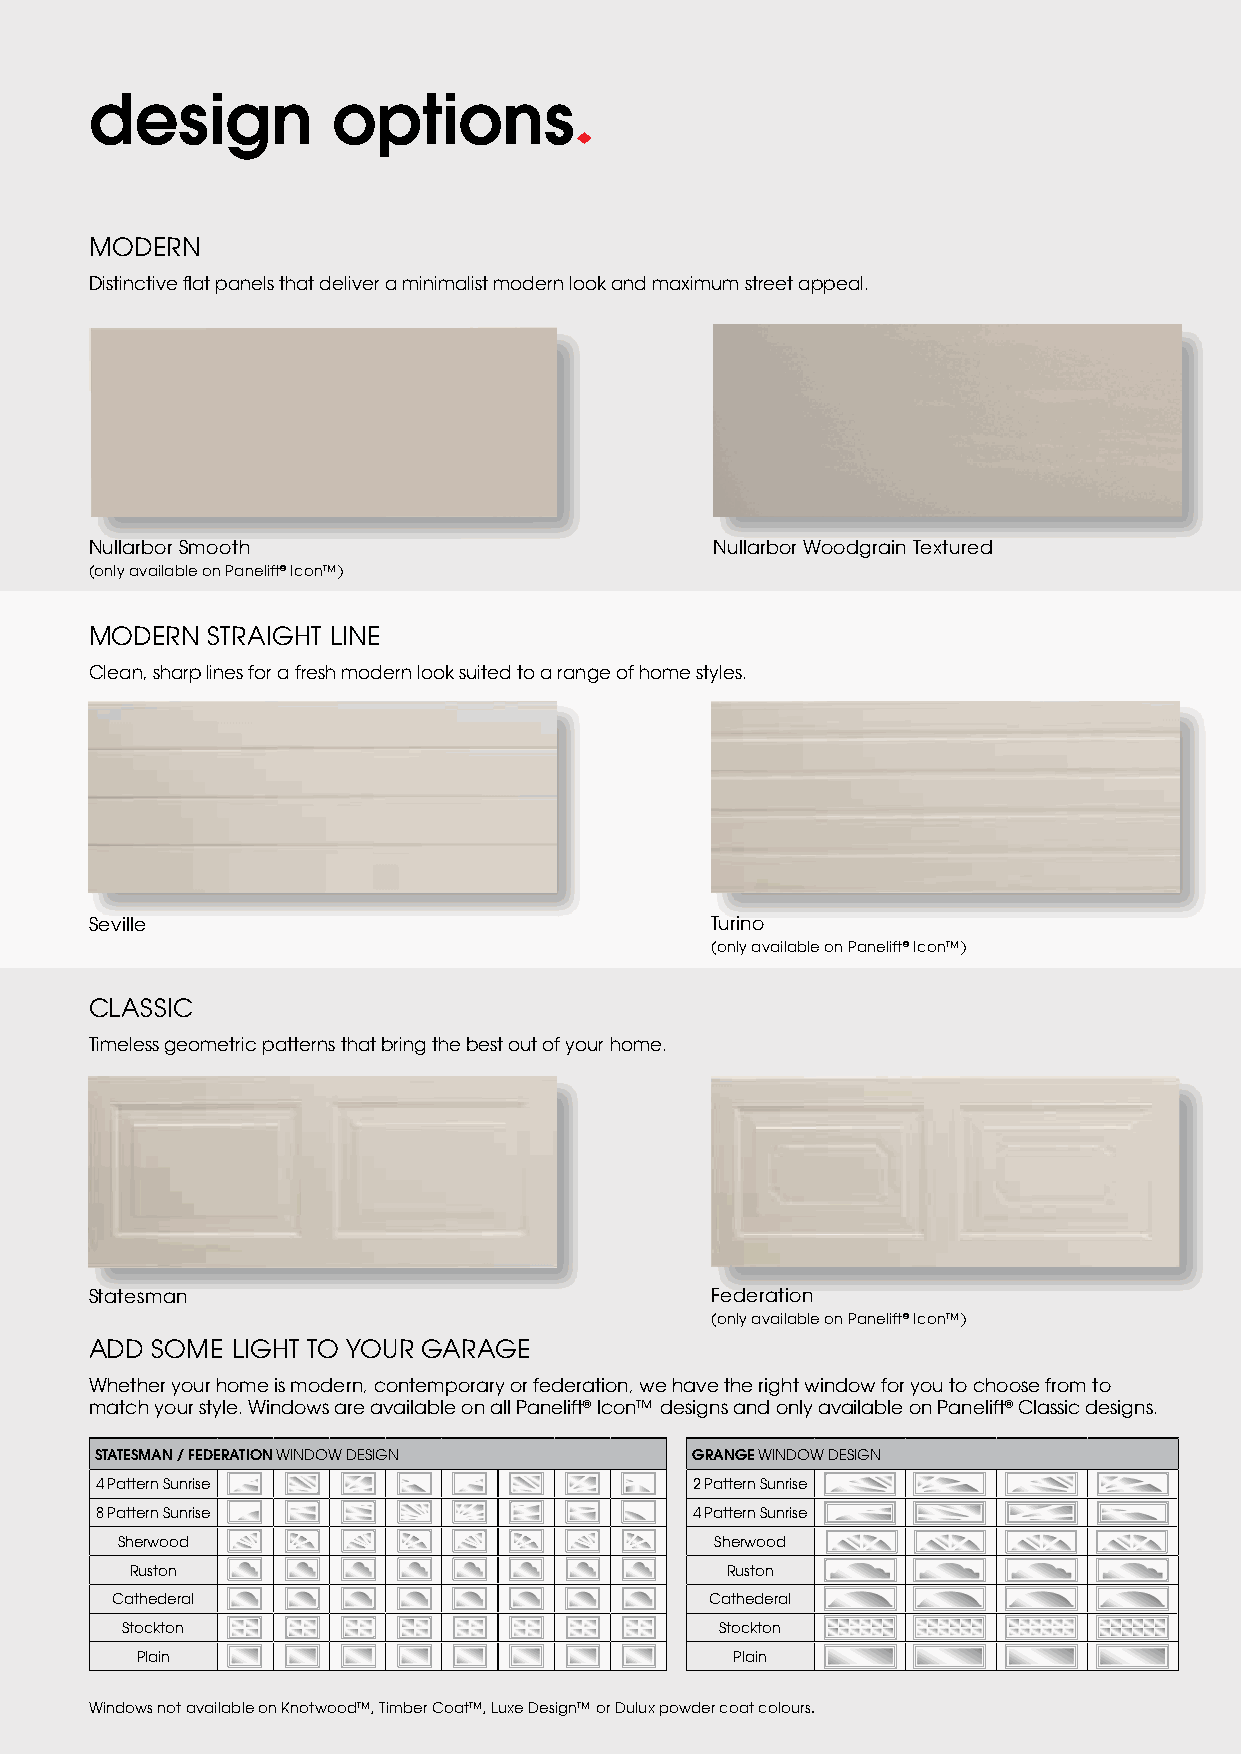
design          options
 MODERN
 Distinctive flat panels that deliver a minimalist modern look and maximum street appeal.
 Nullarbor Smooth                         Nullarbor Woodgrain Textured
 (only available on Panelift® Icon™)
 MODERN  STRAIGHT LINE
 Clean, sharp lines for a fresh modern look suited to a range of home styles.
 Seville                                  Turino
 (only available on Panelift® Icon™)
 CLASSIC
 Timeless geometric patterns that bring the best out of your home.
 Statesman                                Federation
 (only available on Panelift® Icon™)
 ADD SOME LIGHT TO YOUR GARAGE
 Whether your home is modern, contemporary or federation, we have the right window for you to choose from to
 match your style. Windows are available on all Panelift® Icon™ designs and only available on Panelift® Classic designs.
 STATESMAN / FEDERATION WINDOW DESIGN    GRANGE WINDOW DESIGN
 4 Pattern Sunrise                       2 Pattern Sunrise
 8 Pattern Sunrise                       4 Pattern Sunrise
 Sherwood                               Sherwood
 Ruston                                 Ruston
 Cathederal                              Cathederal
 Stockton                                Stockton
 Plain                                   Plain
 Windows not available on Knotwood™, Timber Coat™, Luxe Design™ or Dulux powder coat colours.